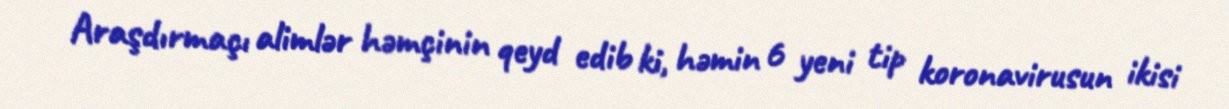
Araşdırmaçı alimlər həmçinin qeyd edib ki, həmin 6 yeni tip koronavirusun ikisi